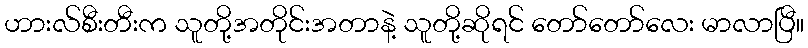
ဟားလ်စီးတီးက သူတို့အတိုင်းအတာနဲ့ သူတို့ဆိုရင် တော်တော်လေး မာလာပြီ။